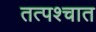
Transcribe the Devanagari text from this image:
तत्‍पश्‍चात